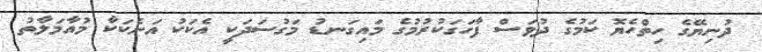
ދުނިޔޭގެ ހިތްހެޔޮ ކަމުގެ ދުވަސް ފާހަގަކުރުމުގެ މައިގަނޑު މަގުސަދަކީ އެކަކު އަނެކަކާ މުއާމަލާތު